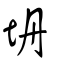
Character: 坍